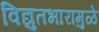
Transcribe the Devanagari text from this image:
विद्युतभारामुळे